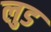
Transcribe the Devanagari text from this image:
लुड